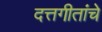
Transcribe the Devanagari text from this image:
दत्तगीतांचे